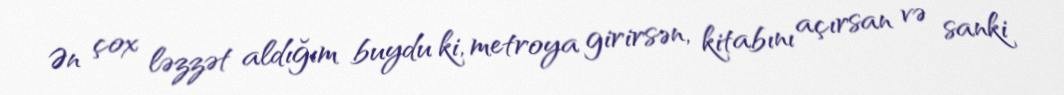
Ən çox ləzzət aldığım buydu ki, metroya girirsən, kitabını açırsan və sanki